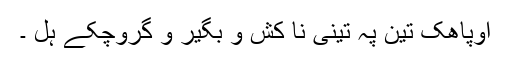
اوپاھک تین پہ تینی نا کش و بگیر و گروچکے ہل ۔